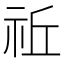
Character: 𥙂